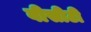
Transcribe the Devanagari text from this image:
वीसीटी